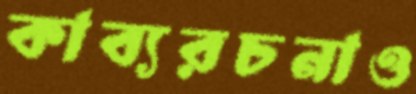
কাব্যরচনাও